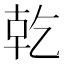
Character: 𪟴